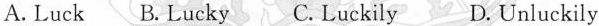
A. Luck B.Lucky C. Luckily D.Unluckily